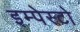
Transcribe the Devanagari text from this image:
इम्पेस्टो